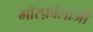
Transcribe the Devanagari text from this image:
मॉरफ़ॉलाजी